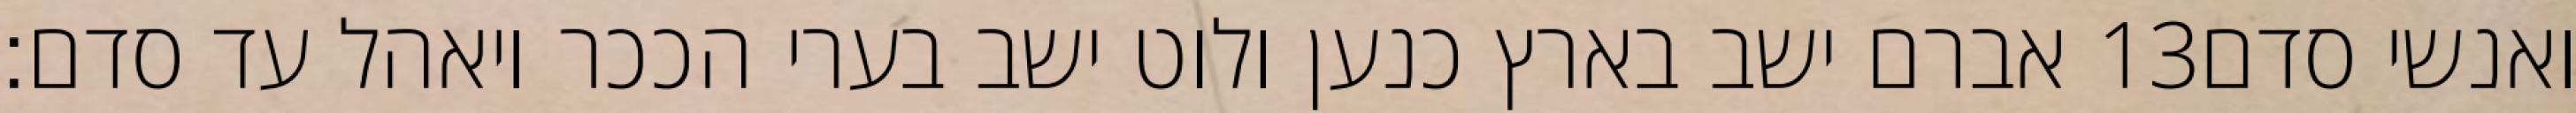
אברם ישב בארץ כנען ולוט ישב בערי הככר ויאהל עד סדם׃ ‎13‏ ואנשי סדם